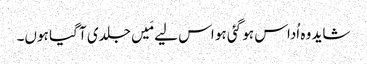
شاید وہ اُداس ہو گئی ہو اس لیے مَیں جلدی آ گیا ہوں۔